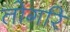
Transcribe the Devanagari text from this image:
तोगरि